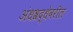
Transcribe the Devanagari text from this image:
अंधश्रद्धेवरील